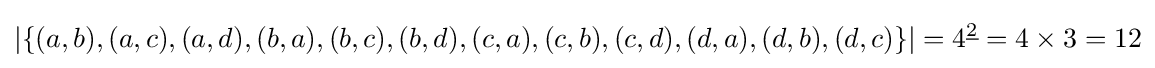
\left\vert \{(a,b),(a,c),(a,d),(b,a),(b,c),(b,d),(c,a),(c,b),(c,d),(d,a),(d,b),(d,c)\}\right\vert =4^{\underline {2}}=4\times 3=12